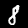
Label: 8